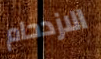
الازدحام